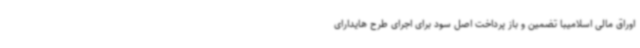
اوراق مالی اسلامیبا تضمین و باز پرداخت اصل سود برای اجرای طرح هایدارای